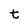
Character: t